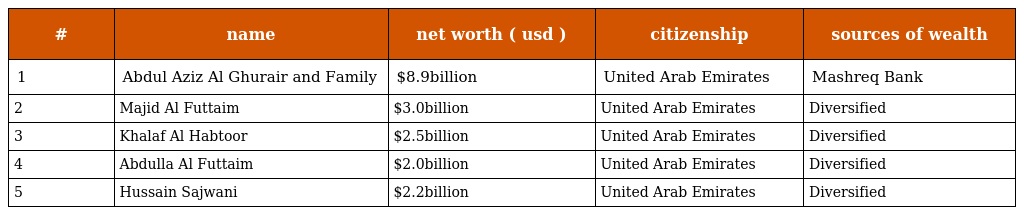
| # | name | net worth ( usd ) | citizenship | sources of wealth |
 | --- | --- | --- | --- | --- |
 | 1 | Abdul Aziz Al Ghurair and Family | $8.9billion | United Arab Emirates | Mashreq Bank |
 | 2 | Majid Al Futtaim | $3.0billion | United Arab Emirates | Diversified |
 | 3 | Khalaf Al Habtoor | $2.5billion | United Arab Emirates | Diversified |
 | 4 | Abdulla Al Futtaim | $2.0billion | United Arab Emirates | Diversified |
 | 5 | Hussain Sajwani | $2.2billion | United Arab Emirates | Diversified |